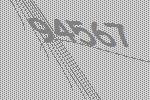
94567